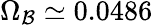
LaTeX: \Omega_{\mathcal{B}}\simeq0.0486